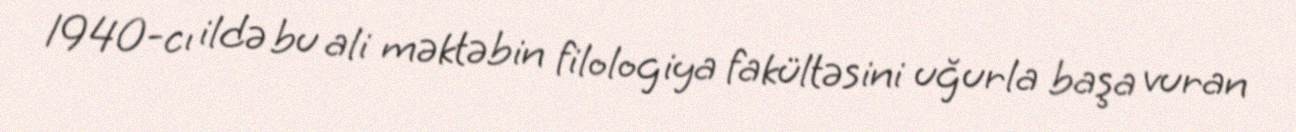
1940-cı ildə bu ali məktəbin filologiya fakültəsini uğurla başa vuran